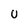
Character: U